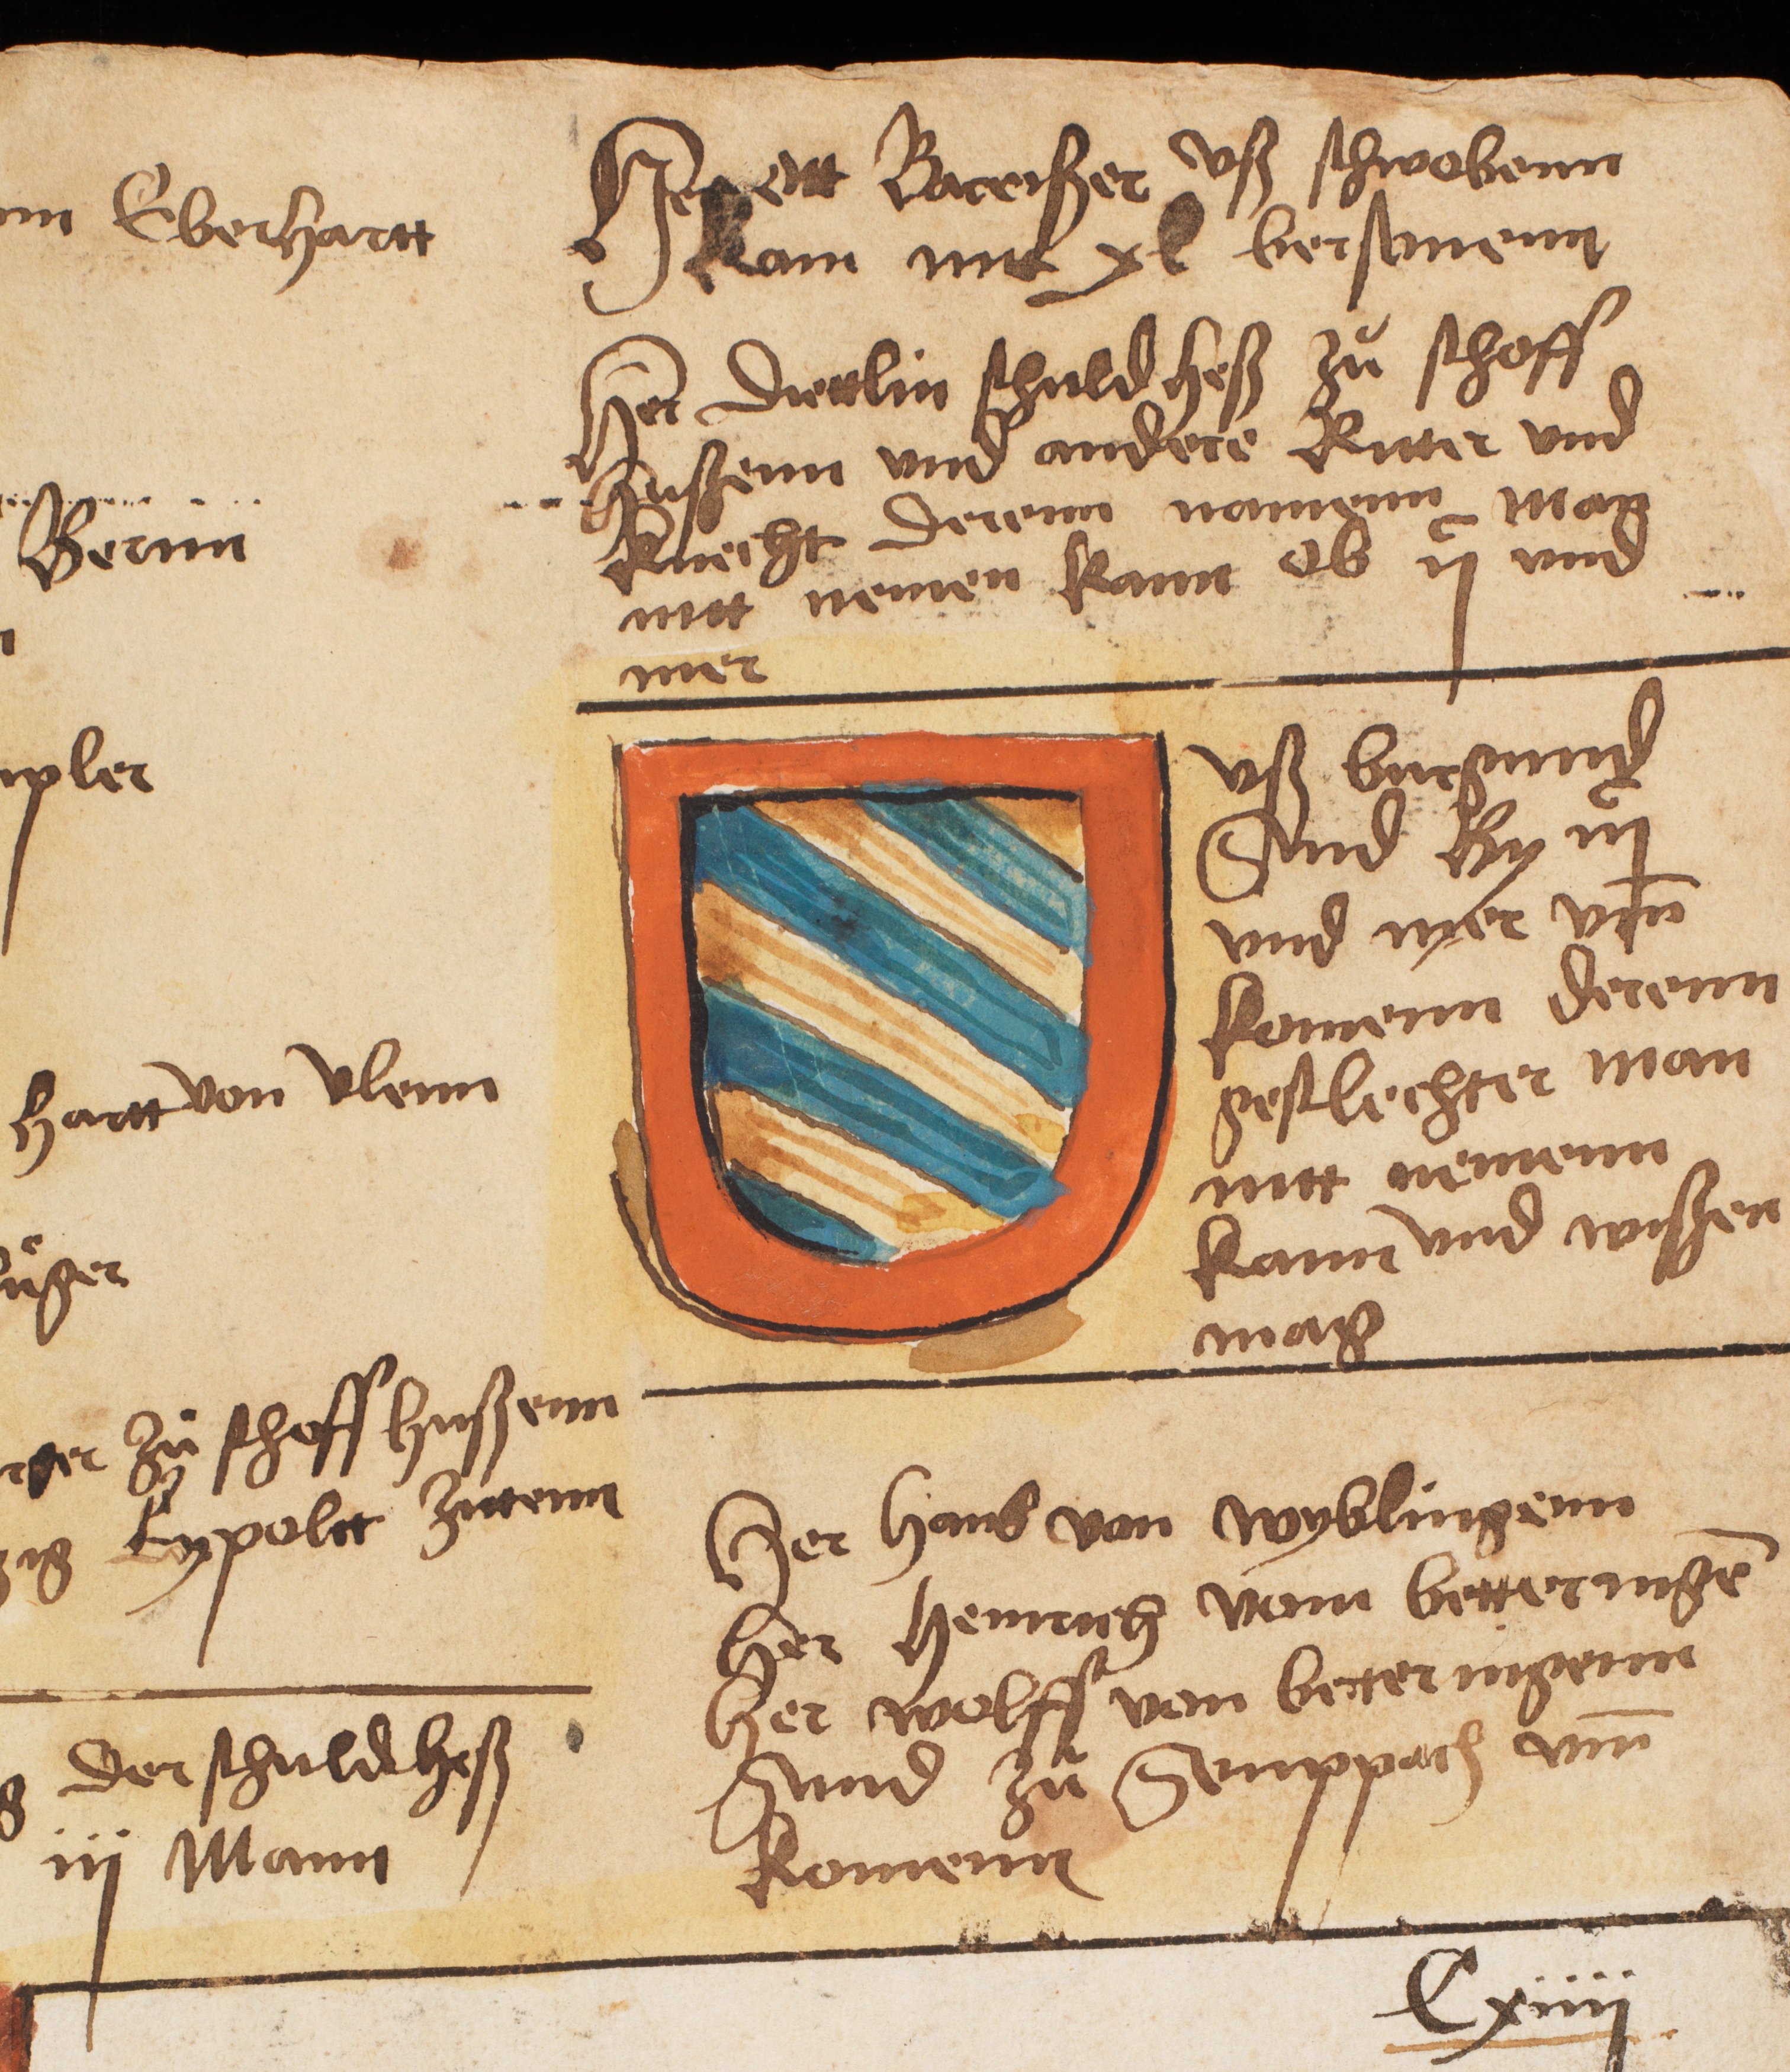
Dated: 1545–1575